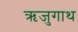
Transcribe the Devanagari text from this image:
ऋजुगाथ